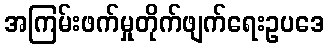
အကြမ်းဖက်မှုတိုက်ဖျက်ရေးဥပဒေ